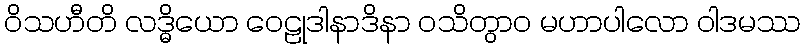
ဝိသဟီတိ လဒ္ဓိယော ဝေဠုဒါနာဒိနာ ဝသိတွာဝ မဟာပါလော ဝါဒမဿ